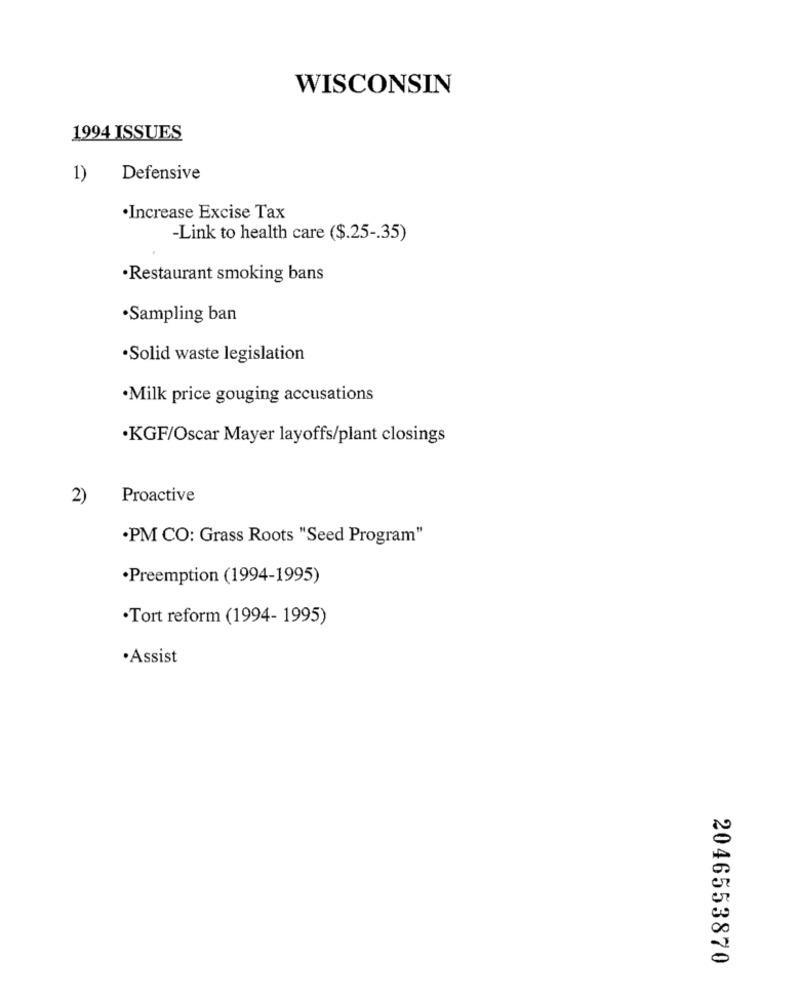
WISCONSIN
1994 ISSUES
1)
Defensive
.Increase Excise Tax
-Link to health care ($.25 -. 35)
·Restaurant smoking bans
·Sampling ban
·Solid waste legislation
·Milk price gouging accusations
.KGF/Oscar Mayer layoffs/plant closings
2)
Proactive
·PM CO: Grass Roots "Seed Program"
·Preemption (1994-1995)
·Tort reform (1994- 1995)
·Assist
00
0
2046553870